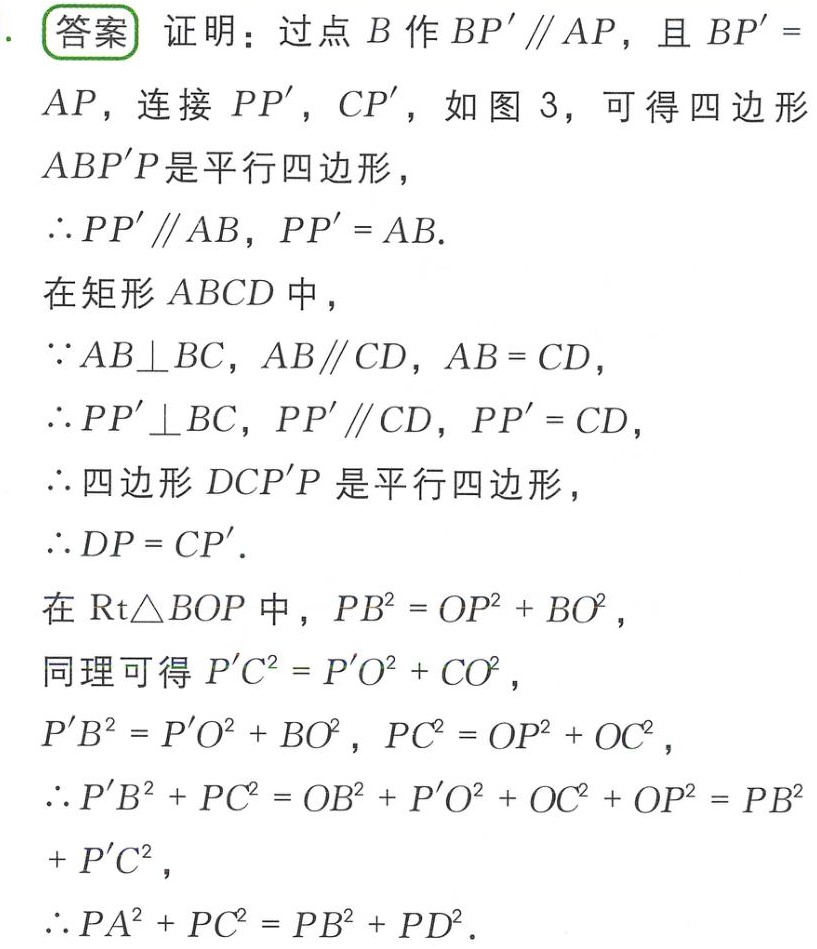
\begin{proof}
过点 \(B\) 作 \(BP'\parallel AP\)，且 \(BP' = AP\)，连接 \(PP'\)，\(CP'\)，如图 \(3\)，可得四边形 \(ABP'P\) 是平行四边形，
\(\therefore PP'\parallel AB\)，\(PP' = AB\).
在矩形 \(ABCD\) 中，
\(\because AB\perp BC\)，\(AB\parallel CD\)，\(AB = CD\)，
\(\therefore PP'\perp BC\)，\(PP'\parallel CD\)，\(PP' = CD\)，
\(\therefore\) 四边形 \(DCP'P\) 是平行四边形，
\(\therefore DP = CP'\).
在 \(\text{Rt}\triangle BOP\) 中，\(PB^{2}=OP^{2}+BO^{2}\)，
同理可得 \(P'C^{2}=P'O^{2}+CO^{2}\)，
\(P'B^{2}=P'O^{2}+BO^{2}\)，\(PC^{2}=OP^{2}+OC^{2}\)，
\(\therefore P'B^{2}+PC^{2}=OB^{2}+P'O^{2}+OC^{2}+OP^{2}=PB^{2}+P'C^{2}\)，
\(\therefore PA^{2}+PC^{2}=PB^{2}+PD^{2}\).
\end{proof}